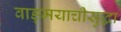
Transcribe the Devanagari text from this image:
वाङ्मयाचीसुद्धा